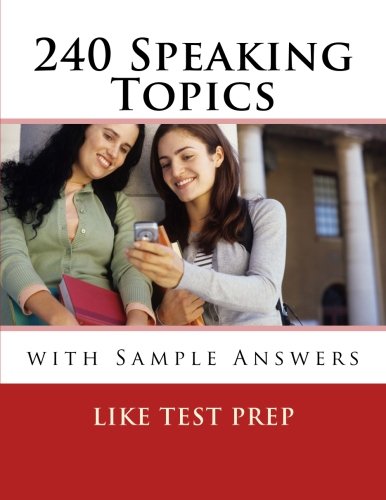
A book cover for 240 Speaking Topics: with Sample Answers (120 Speaking Topics); LIKE Test Prep; Test Preparation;